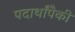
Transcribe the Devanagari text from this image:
पदार्थांपैकी